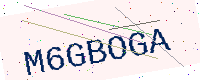
Text: M6GBOGA